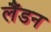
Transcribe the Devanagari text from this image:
लैंडन